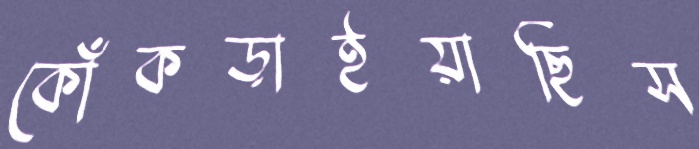
কোঁকড়াইয়াছিস